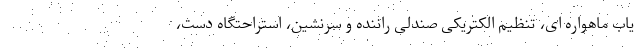
یاب ماهواره ای، تنظیم الکتریکی صندلی راننده و سرنشین، استراحتگاه دست،